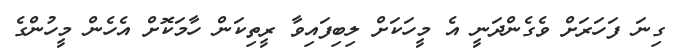
ގިނަ ފަހަރަށް ވެގެންދަނީ އެ މީހަކަށް ލިބިފައިވާ ރީތިކަން ހާމަކޮށް އެހެން މީހުންގެ